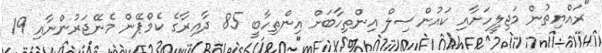
"ރައްޔިތުން މަޖިލީހަށާއި ކައުންސިލް އިންތިހާބަށް އިންތިހާބީ 85 ދާއިރާގެ ކެމްޕޭން މެނޭޖަރުންނާއި 19